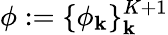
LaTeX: \phi:=\{ \phi_{\mathbf{k}}\} _{\mathbf{k}}^{K+1}